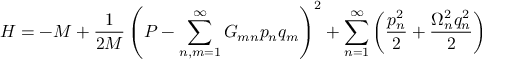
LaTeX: H = - M + \frac { 1 } { 2 M } \left( P - \sum _ { n , m = 1 } ^ { \infty } G _ { m n } p _ { n } q _ { m } \right) ^ { 2 } + \sum _ { n = 1 } ^ { \infty } \left( \frac { p _ { n } ^ { 2 } } { 2 } + \frac { \Omega _ { n } ^ { 2 } q _ { n } ^ { 2 } } { 2 } \right)